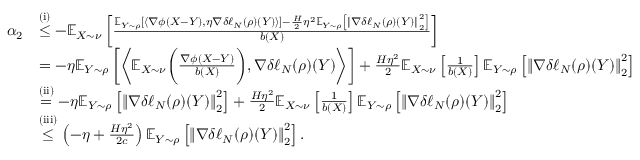
\begin{array} { r l } { \alpha _ { 2 } } & { \overset { \mathrm { ( i ) } } { \leq } - \mathbb { E } _ { X \sim \nu } \left[ \frac { \mathbb { E } _ { Y \sim \rho } \left[ \left\langle \nabla \phi ( X - Y ) , \eta \nabla \delta \ell _ { N } ( \rho ) ( Y ) \right\rangle \right] - \frac { H } { 2 } \eta ^ { 2 } \mathbb { E } _ { Y \sim \rho } \left[ \left\Vert \nabla \delta \ell _ { N } ( \rho ) ( Y ) \right\Vert _ { 2 } ^ { 2 } \right] } { b \left( X \right) } \right] } \\ & { = - \eta \mathbb { E } _ { Y \sim \rho } \left[ \left\langle \mathbb { E } _ { X \sim \nu } \bigg ( \frac { \nabla \phi ( X - Y ) } { b ( X ) } \bigg ) , \nabla \delta \ell _ { N } ( \rho ) ( Y ) \right\rangle \right] + \frac { H \eta ^ { 2 } } { 2 } \mathbb { E } _ { X \sim \nu } \left[ \frac { 1 } { b ( X ) } \right] \mathbb { E } _ { Y \sim \rho } \left[ \left\Vert \nabla \delta \ell _ { N } ( \rho ) ( Y ) \right\Vert _ { 2 } ^ { 2 } \right] } \\ & { \overset { \mathrm { ( i i ) } } { = } - \eta \mathbb { E } _ { Y \sim \rho } \left[ \left\Vert \nabla \delta \ell _ { N } ( \rho ) ( Y ) \right\Vert _ { 2 } ^ { 2 } \right] + \frac { H \eta ^ { 2 } } { 2 } \mathbb { E } _ { X \sim \nu } \left[ \frac { 1 } { b ( X ) } \right] \mathbb { E } _ { Y \sim \rho } \left[ \left\Vert \nabla \delta \ell _ { N } ( \rho ) ( Y ) \right\Vert _ { 2 } ^ { 2 } \right] } \\ & { \overset { \mathrm { ( i i i ) } } { \leq } \left( - \eta + \frac { H \eta ^ { 2 } } { 2 c } \right) \mathbb { E } _ { Y \sim \rho } \left[ \left\Vert \nabla \delta \ell _ { N } ( \rho ) ( Y ) \right\Vert _ { 2 } ^ { 2 } \right] . } \end{array}